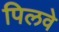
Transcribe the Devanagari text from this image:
पिलवे